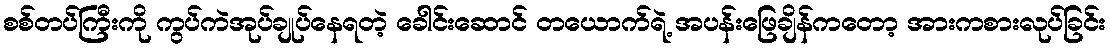
စစ်တပ်ကြီးကို ကွပ်ကဲအုပ်ချုပ်နေရတဲ့ ခေါင်းဆောင် တယောက်ရဲ့ အပန်းဖြေချိန်ကတော့ အားကစားလုပ်ခြင်း